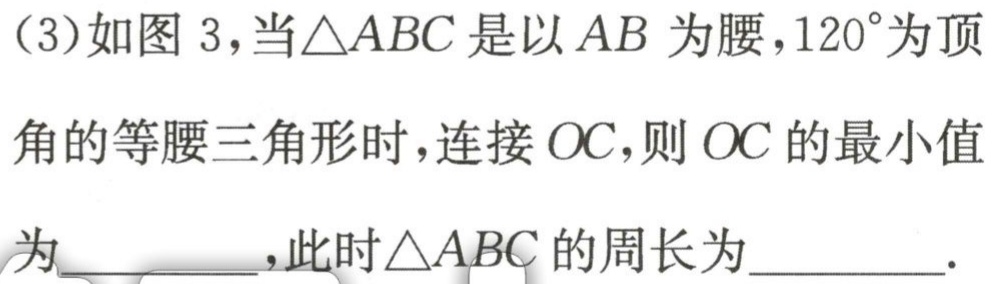
(3)如图3，当\(\triangle ABC\)是以\(AB\)为腰，\(120^{\circ}\)为顶
角的等腰三角形时，连接\(OC\)，则\(OC\)的最小值
为  ，此时\(\triangle ABC\)的周长为  ．